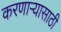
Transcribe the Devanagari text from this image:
करणाऱ्यासाठी